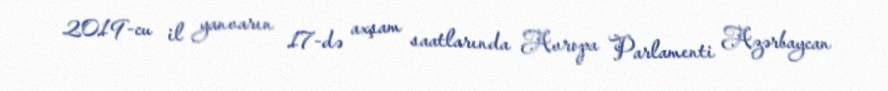
2019-cu il yanvarın 17-də axşam saatlarında Avropa Parlamenti Azərbaycan